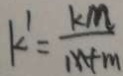
k ^ { \prime } = \frac { k m } { M + m }